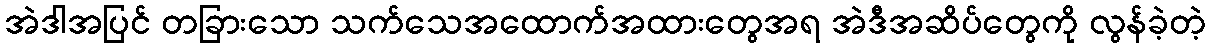
အဲဒါအပြင် တခြားသော သက်သေအထောက်အထားတွေအရ အဲဒီအဆိပ်တွေကို လွန်ခဲ့တဲ့